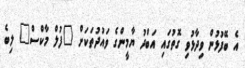
އެ ބޭފުޅުން ވިދާޅުވި ގޮތުގައި އަބްދު ޔާމީންގެ ވައުދުތަކަށް "ފުލް މާކްސް" ލިބެ